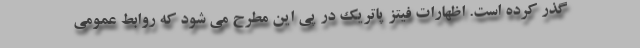
گذر کرده است. اظهارات فیتز پاتریک در پی این مطرح می شود که روابط عمومی